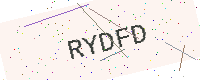
Text: RYDFD